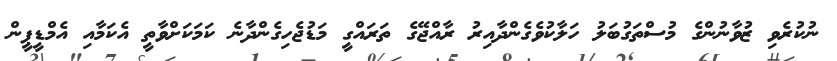
ނުކުރެވި ޒުވާނުންގެ މުސްތަގުބަލު ހަލާކުވެގެންދާއިރު ރާއްޖޭގެ ތަރައްގީ މަޑުޖެހިގެންދާނެ ކަމަކަށްވާތީ އެކަމާއި އެމްޑީޕީން